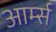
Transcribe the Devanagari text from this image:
आर्म्‍स